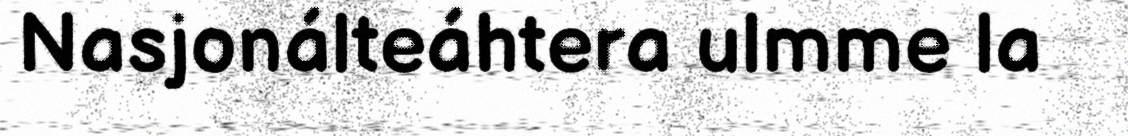
Nasjonálteáhtera ulmme la